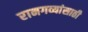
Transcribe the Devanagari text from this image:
रानगव्यांसाठी